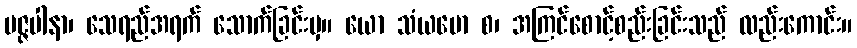
မဇ္ဇပါနာ၊ သေရည်အရက် သောက်ခြင်းမှ။ ယော သံယမော စ၊ အကြင်စောင့်စည်းခြင်းသည် လည်းကောင်း။